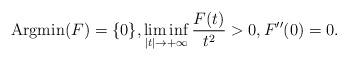
LaTeX: \begin{align*}{\rm Argmin}(F)=\{0\}, \liminf_{|t|\to +\infty} \frac{F(t)}{t^2}>0,F''(0)=0.\end{align*}